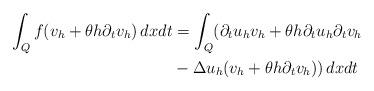
LaTeX: \begin{align*} \int_{Q} f( v_h + \theta h \partial_{t} v_h) \, dx dt &= \int_{Q} ( \partial_{t} u_h v_h + \theta h \partial_{t} u_h \partial_{t} v_h \\ &-\Delta u_h(v_h + \theta h \partial_t v_h))\, dx dt \end{align*}